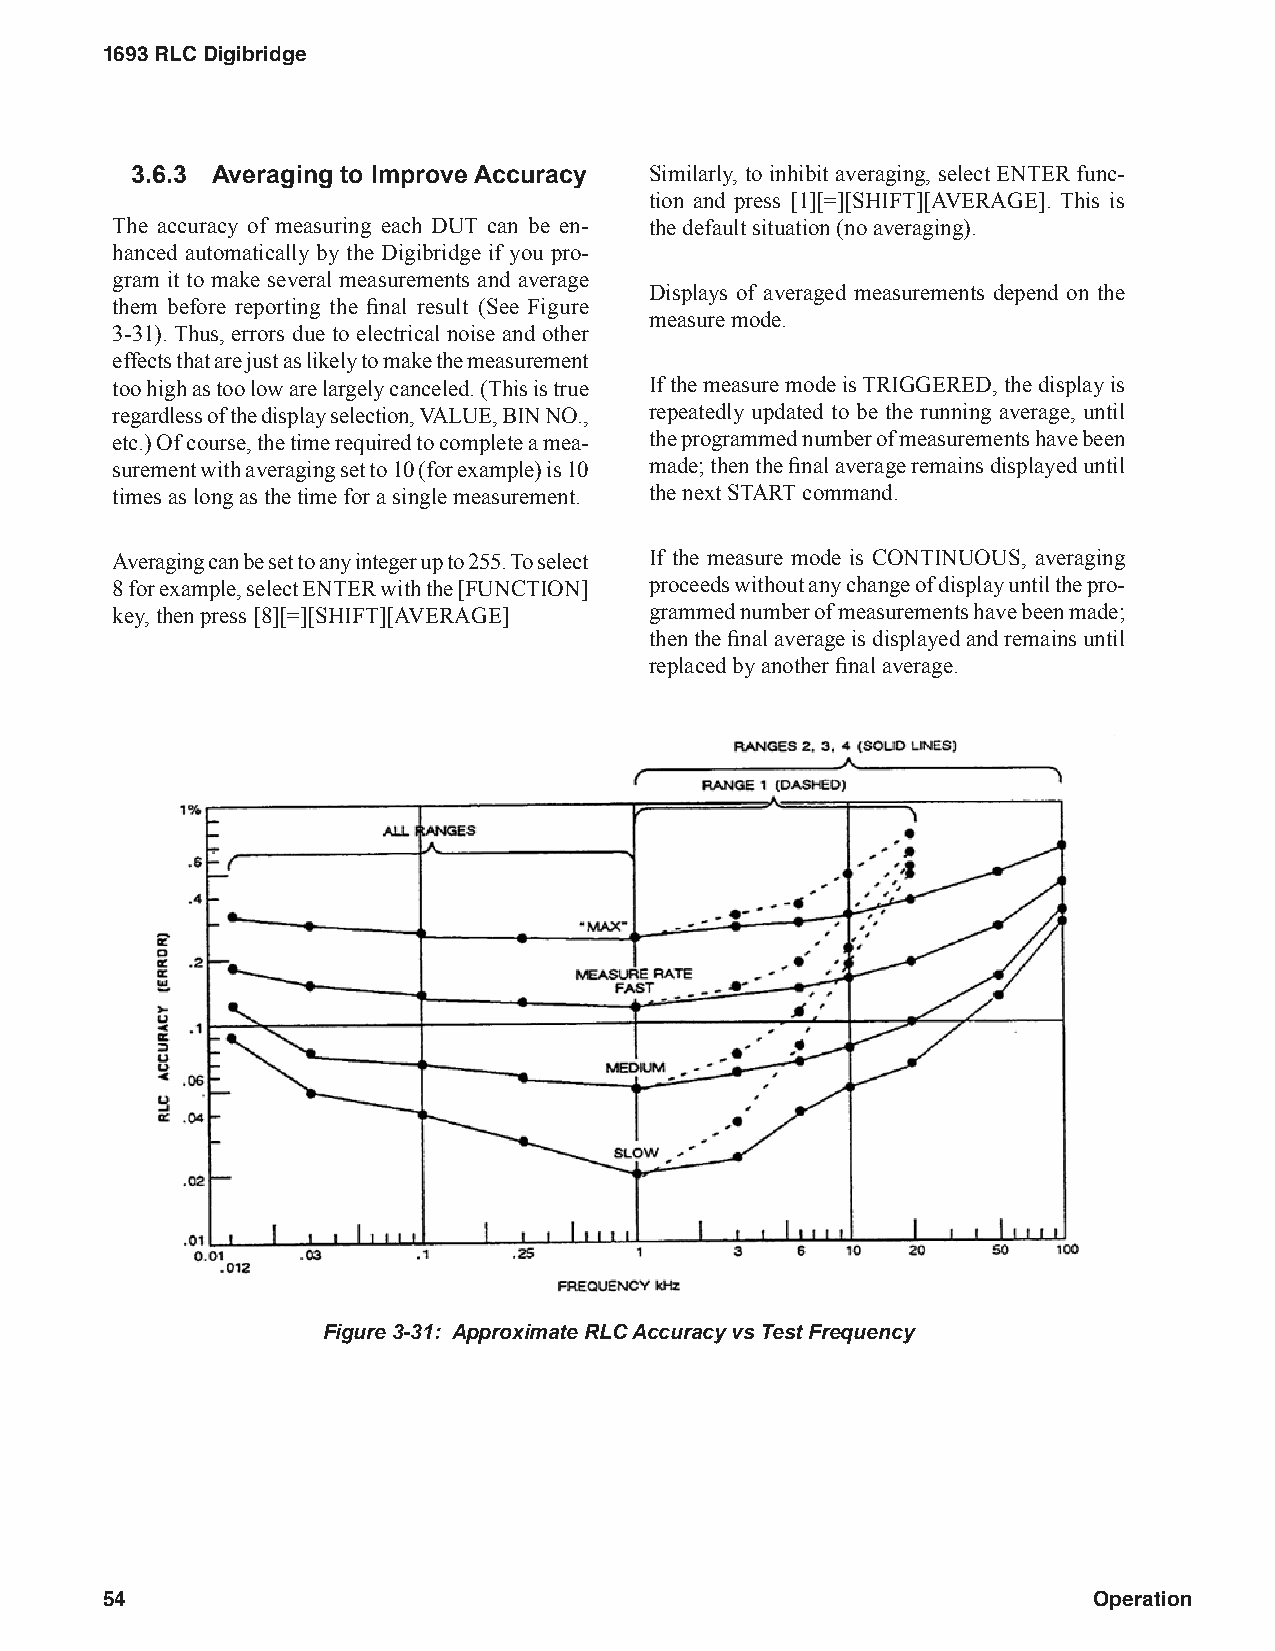
1693 RLC Digibridge
 3.6.3 Averaging to Improve Accuracy Similarly, to inhibit averaging, select ENTER func-
 tion and press [1][=][SHIFT][AVERAGE]. This is
 The accuracy of measuring each DUT can be en- the default situation (no averaging).
 hanced automatically by the Digibridge if you pro-
 gram it to make several measurements and average
 Displays of averaged measurements depend on the
 them before reporting the final result (See Figure
 measure mode.
 3-31). Thus, errors due to electrical noise and other
 effects that are just as likely to make the measurement
 too high as too low are largely canceled. (This is true If the measure mode is TRIGGERED, the display is
 regardless of the display selection, VALUE, BIN NO., repeatedly updated to be the running average, until
 etc.) Of course, the time required to complete a mea- the programmed number of measurements have been
 surement with averaging set to 10 (for example) is 10 made; then the final average remains displayed until
 times as long as the time for a single measurement. the next START command.
 Averaging can be set to any integer up to 255. To select If the measure mode is CONTINUOUS, averaging
 8 for example, select ENTER with the [FUNCTION] proceeds without any change of display until the pro-
 key, then press [8][=][SHIFT][AVERAGE] grammed number of measurements have been made;
 then the final average is displayed and remains until
 replaced by another final average.
 Figure 3-31: Approximate RLC Accuracy vs Test Frequency
 54                                                               Operation